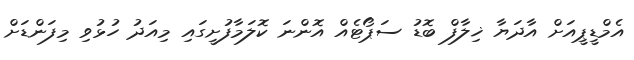
އެމްޑީޕީއަށް އާދަޔާ ޚިލާފް ބޮޑު ސަޕޯޓެއް އޮންނަ ކޮލަމާފުށީގައި މިއަދު ހުޅުވި މިފަންޑަށް